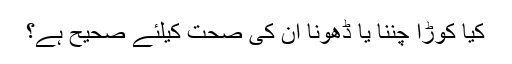
کیا کوڑا چننا یا ڈھونا ان کی صحت کیلئے صحیح ہے؟